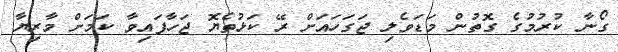
ގޯނާ ކުރުމުގެ ގޮތުން މަޑަވެލި ޖަގަހައަށް ރޭ ކަޅުތެޔޮ ޖަހާފައިވާ ކަމަށް މާރިޔާ